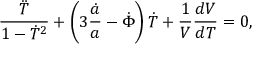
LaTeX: \frac { \ddot { T } } { 1 - \dot { T } ^ { 2 } } + \left( 3 \frac { \dot { a } } { a } - \dot { \Phi } \right) \dot { T } + \frac { 1 } { V } \frac { d V } { d T } = 0 ,